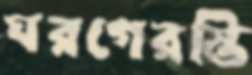
ঘরগেরস্তি